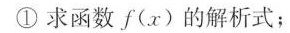
①求函数f(x)的解析式；